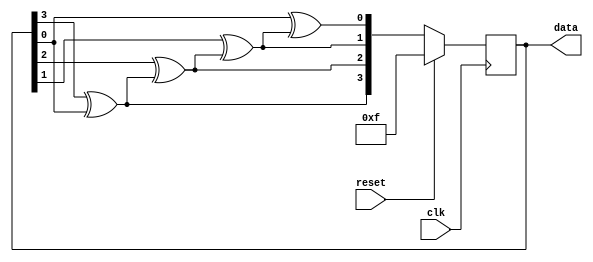
//Adapted from: https://stackoverflow.com/questions/14497877/how-to-implement-a-pseudo-hardware-random-number-generator
module random_generator(
  input clk,
  input reset,

  output reg [3:0] data
);

reg [3:0] data_next;

always @* begin
  data_next[3] = data[3]^data[0];
  data_next[2] = data[2]^data_next[3];
  data_next[1] = data[1]^data_next[2];
  data_next[0] = data[0]^data_next[1];
end

always @(posedge clk)
  if(reset)
    data <= 4'hf;
  else
    data <= data_next;

endmodule